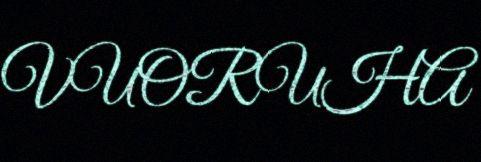
VUORUHA